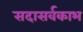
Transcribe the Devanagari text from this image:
सदासर्वकाभ